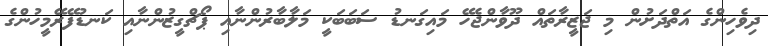
ދިވެހިންގެ އަތްދަށުން މި ޖަޒީރާތައް ދޫވާންޖެހޭ މައިގަނޑު ސަބަބަކީ މަލާބާރުންނާއި ޕޯޗްގީޒުންނާއި ކަނޑުފޭރޭމީހުންގެ